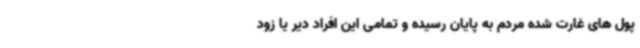
پول های غارت شده مردم به پایان رسیده و تمامی این افراد دیر یا زود